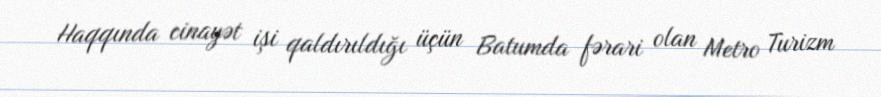
Haqqında cinayət işi qaldırıldığı üçün Batumda fərari olan Metro Turizm